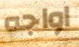
اواجه